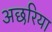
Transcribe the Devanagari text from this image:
अछरिया